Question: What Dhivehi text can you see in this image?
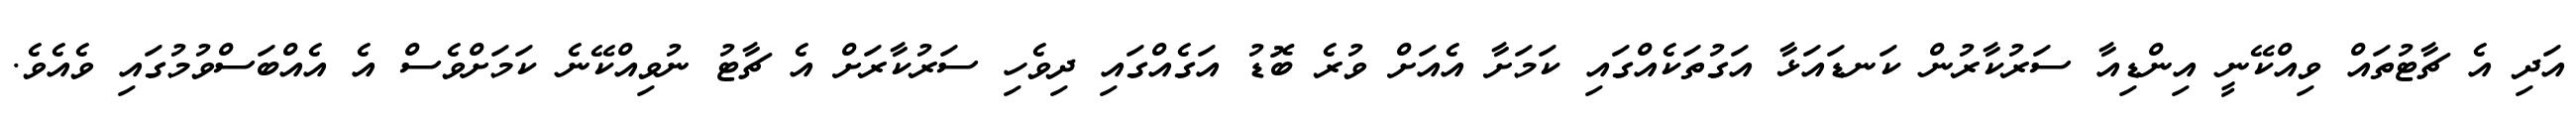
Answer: އަދި އެ ޗާޓުތައް ވިއްކޭނީ އިންޑިއާ ސަރުކާރުން ކަނޑައަޅާ އަގުތަކެއްގައި ކަމަށާ އެއަށް ވުރެ ބޮޑު އަގެއްގައި ދިވެހި ސަރުކާރަށް އެ ޗާޓު ނުވިއްކޭނެ ކަމަށްވެސް އެ އެއްބަސްވުމުގައި ވެއެވެ.